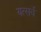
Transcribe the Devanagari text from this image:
यत्सर्वं